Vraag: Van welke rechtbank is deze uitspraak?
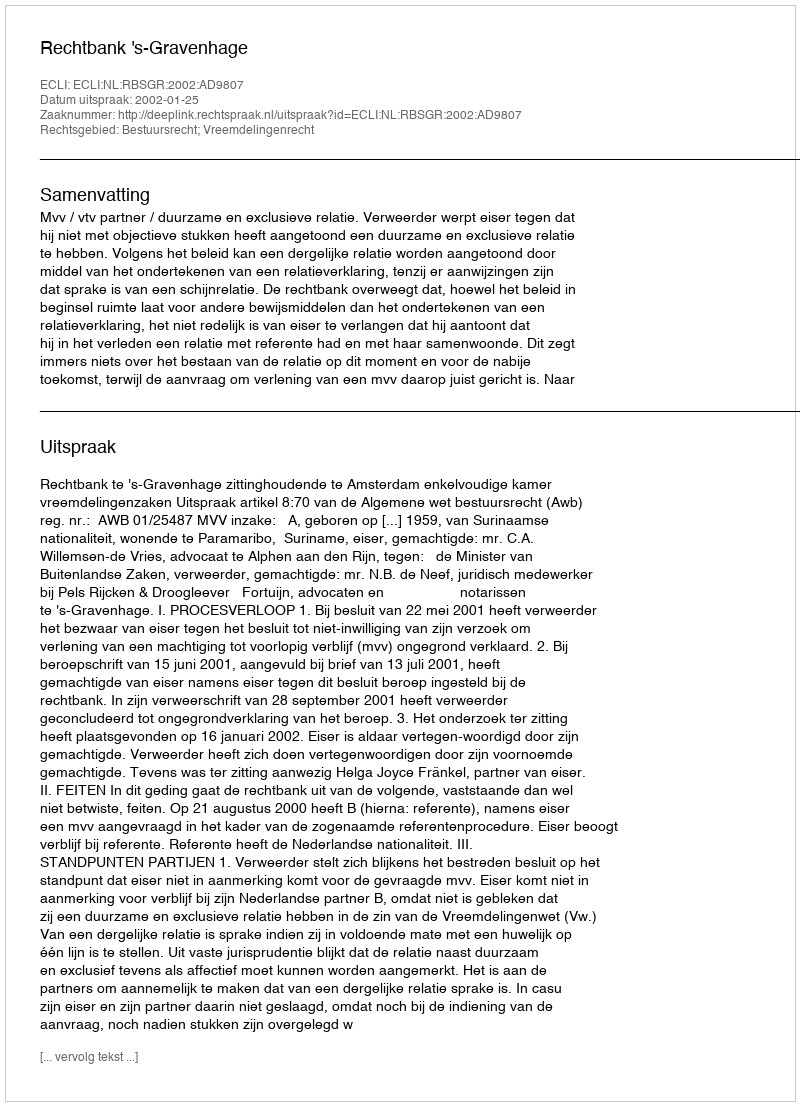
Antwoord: Rechtbank 's-Gravenhage